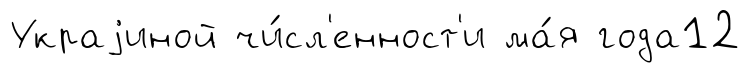
Украjиной чи́сл'енност'и ма́я года12